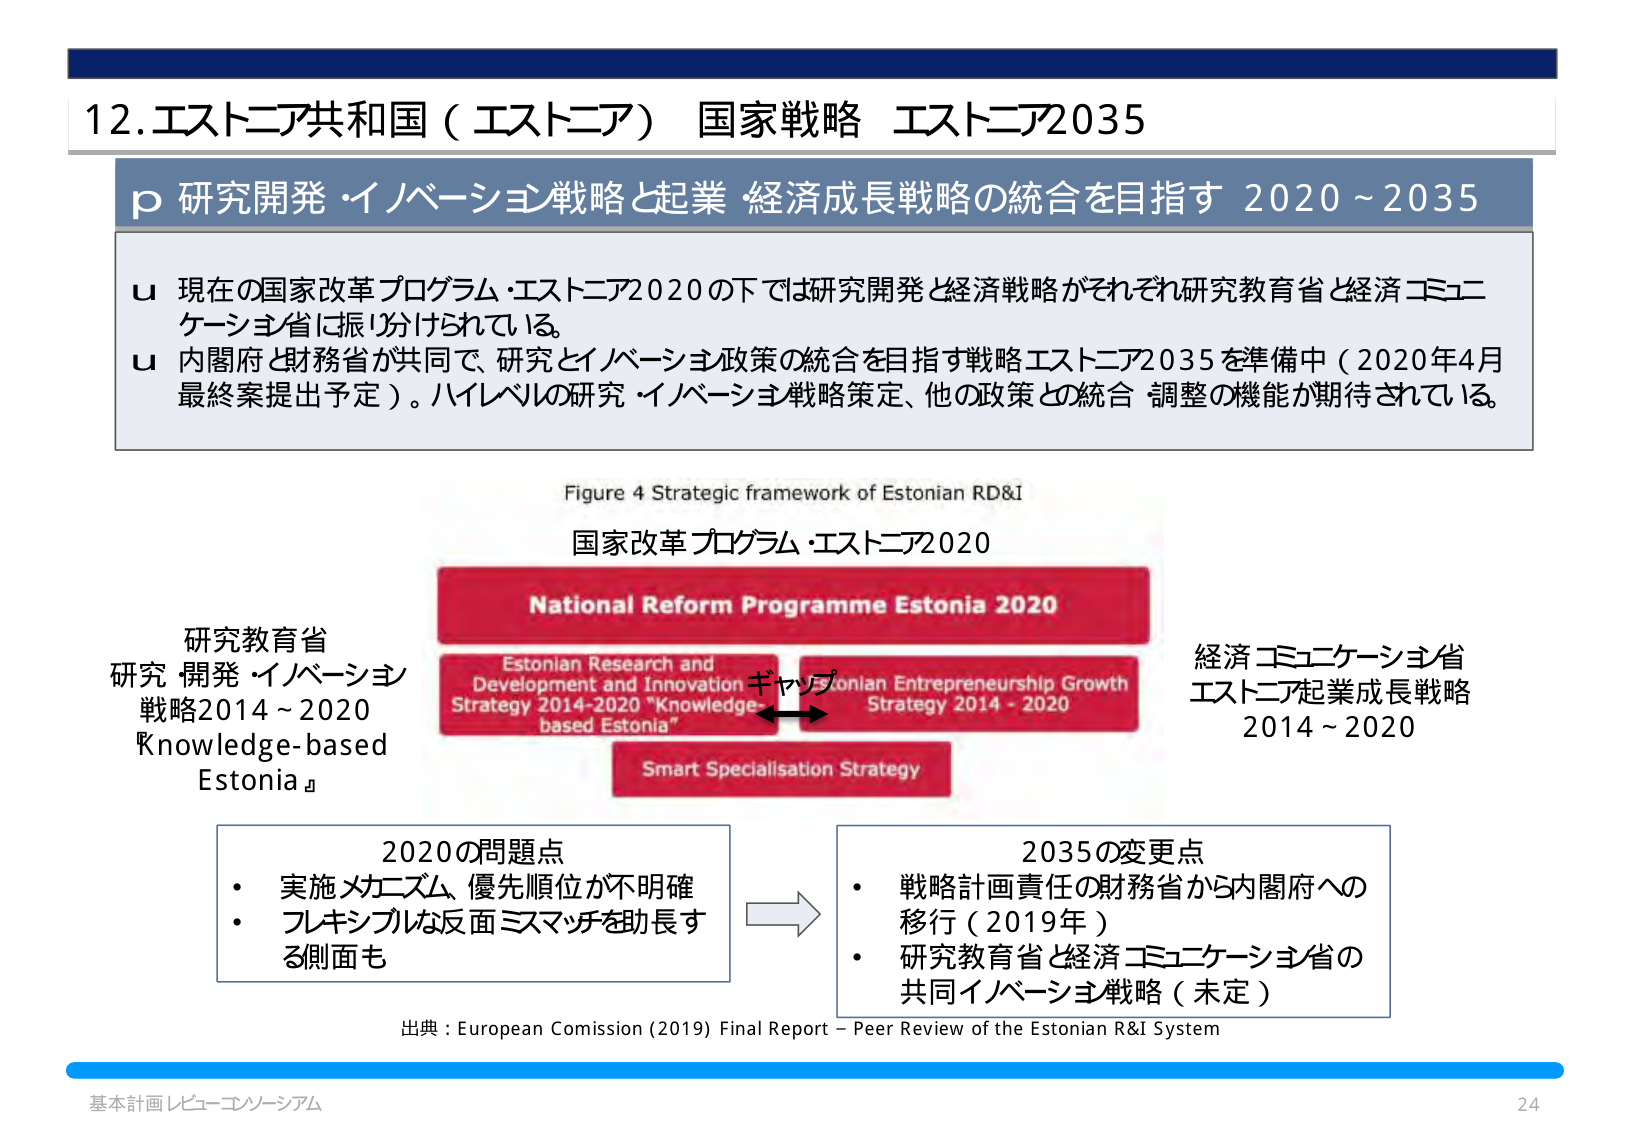
12. エストニア共和国（エストニア） 国家戦略 エストニア2035

p 研究開発・イノベーション戦略と起業・経済成長戦略の統合を目指す 2020～2035

u 現在の国家改革プログラム・エストニア2020の下では研究開発と経済戦略がそれぞれ研究教育省と経済コミュニケーション省に振り分けられている。

u 内閣府と財務省が共同で、研究とイノベーション政策の統合を目指す戦略エストニア2035を準備中（2020年4月最終案提出予定）。ハイレベルの研究・イノベーション戦略策定、他の政策との統合・調整の機能が期待されている。

Figure 4 Strategic framework of Estonian RD&I

国家改革プログラム・エストニア2020

National Reform Programme Estonia 2020

Estonian Research and Development and Innovation Strategy 2014-2020 "Knowledge-based Estonia"

Estonian Entrepreneurship Growth Strategy 2014 - 2020

Smart Specialisation Strategy

ギャップ

研究教育省
研究・開発・イノベーション
戦略2014～2020
『Knowledge-based Estonia』

経済コミュニケーション省
エストニア起業成長戦略
2014～2020

2020の問題点
・ 実施メカニズム、優先順位が不明確
・ フレキシブルな反面ミスマッチを助長する側面も

2035の変更点
・ 戦略計画責任の財務省から内閣府への移行（2019年）
・ 研究教育省と経済コミュニケーション省の共同イノベーション戦略（未定）

出典：European Comission (2019) Final Report – Peer Review of the Estonian R&I System

基本計画レビュー・コンソーシアム
24